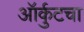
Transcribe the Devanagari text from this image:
ऑर्कुटचा